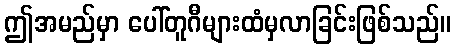
ဤအမည်မှာ ပေါ်တူဂီများထံမှလာခြင်းဖြစ်သည်။